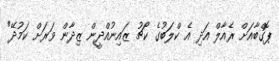
ޕޮގްބާއަށް ރެއާލް އަދި އެ ކްލަބުގެ ކޯޗު ޒައިނުއްދީން ޒިދާން ވަރަށް ކަމުދޭ"